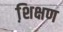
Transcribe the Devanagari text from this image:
शि़क्षण